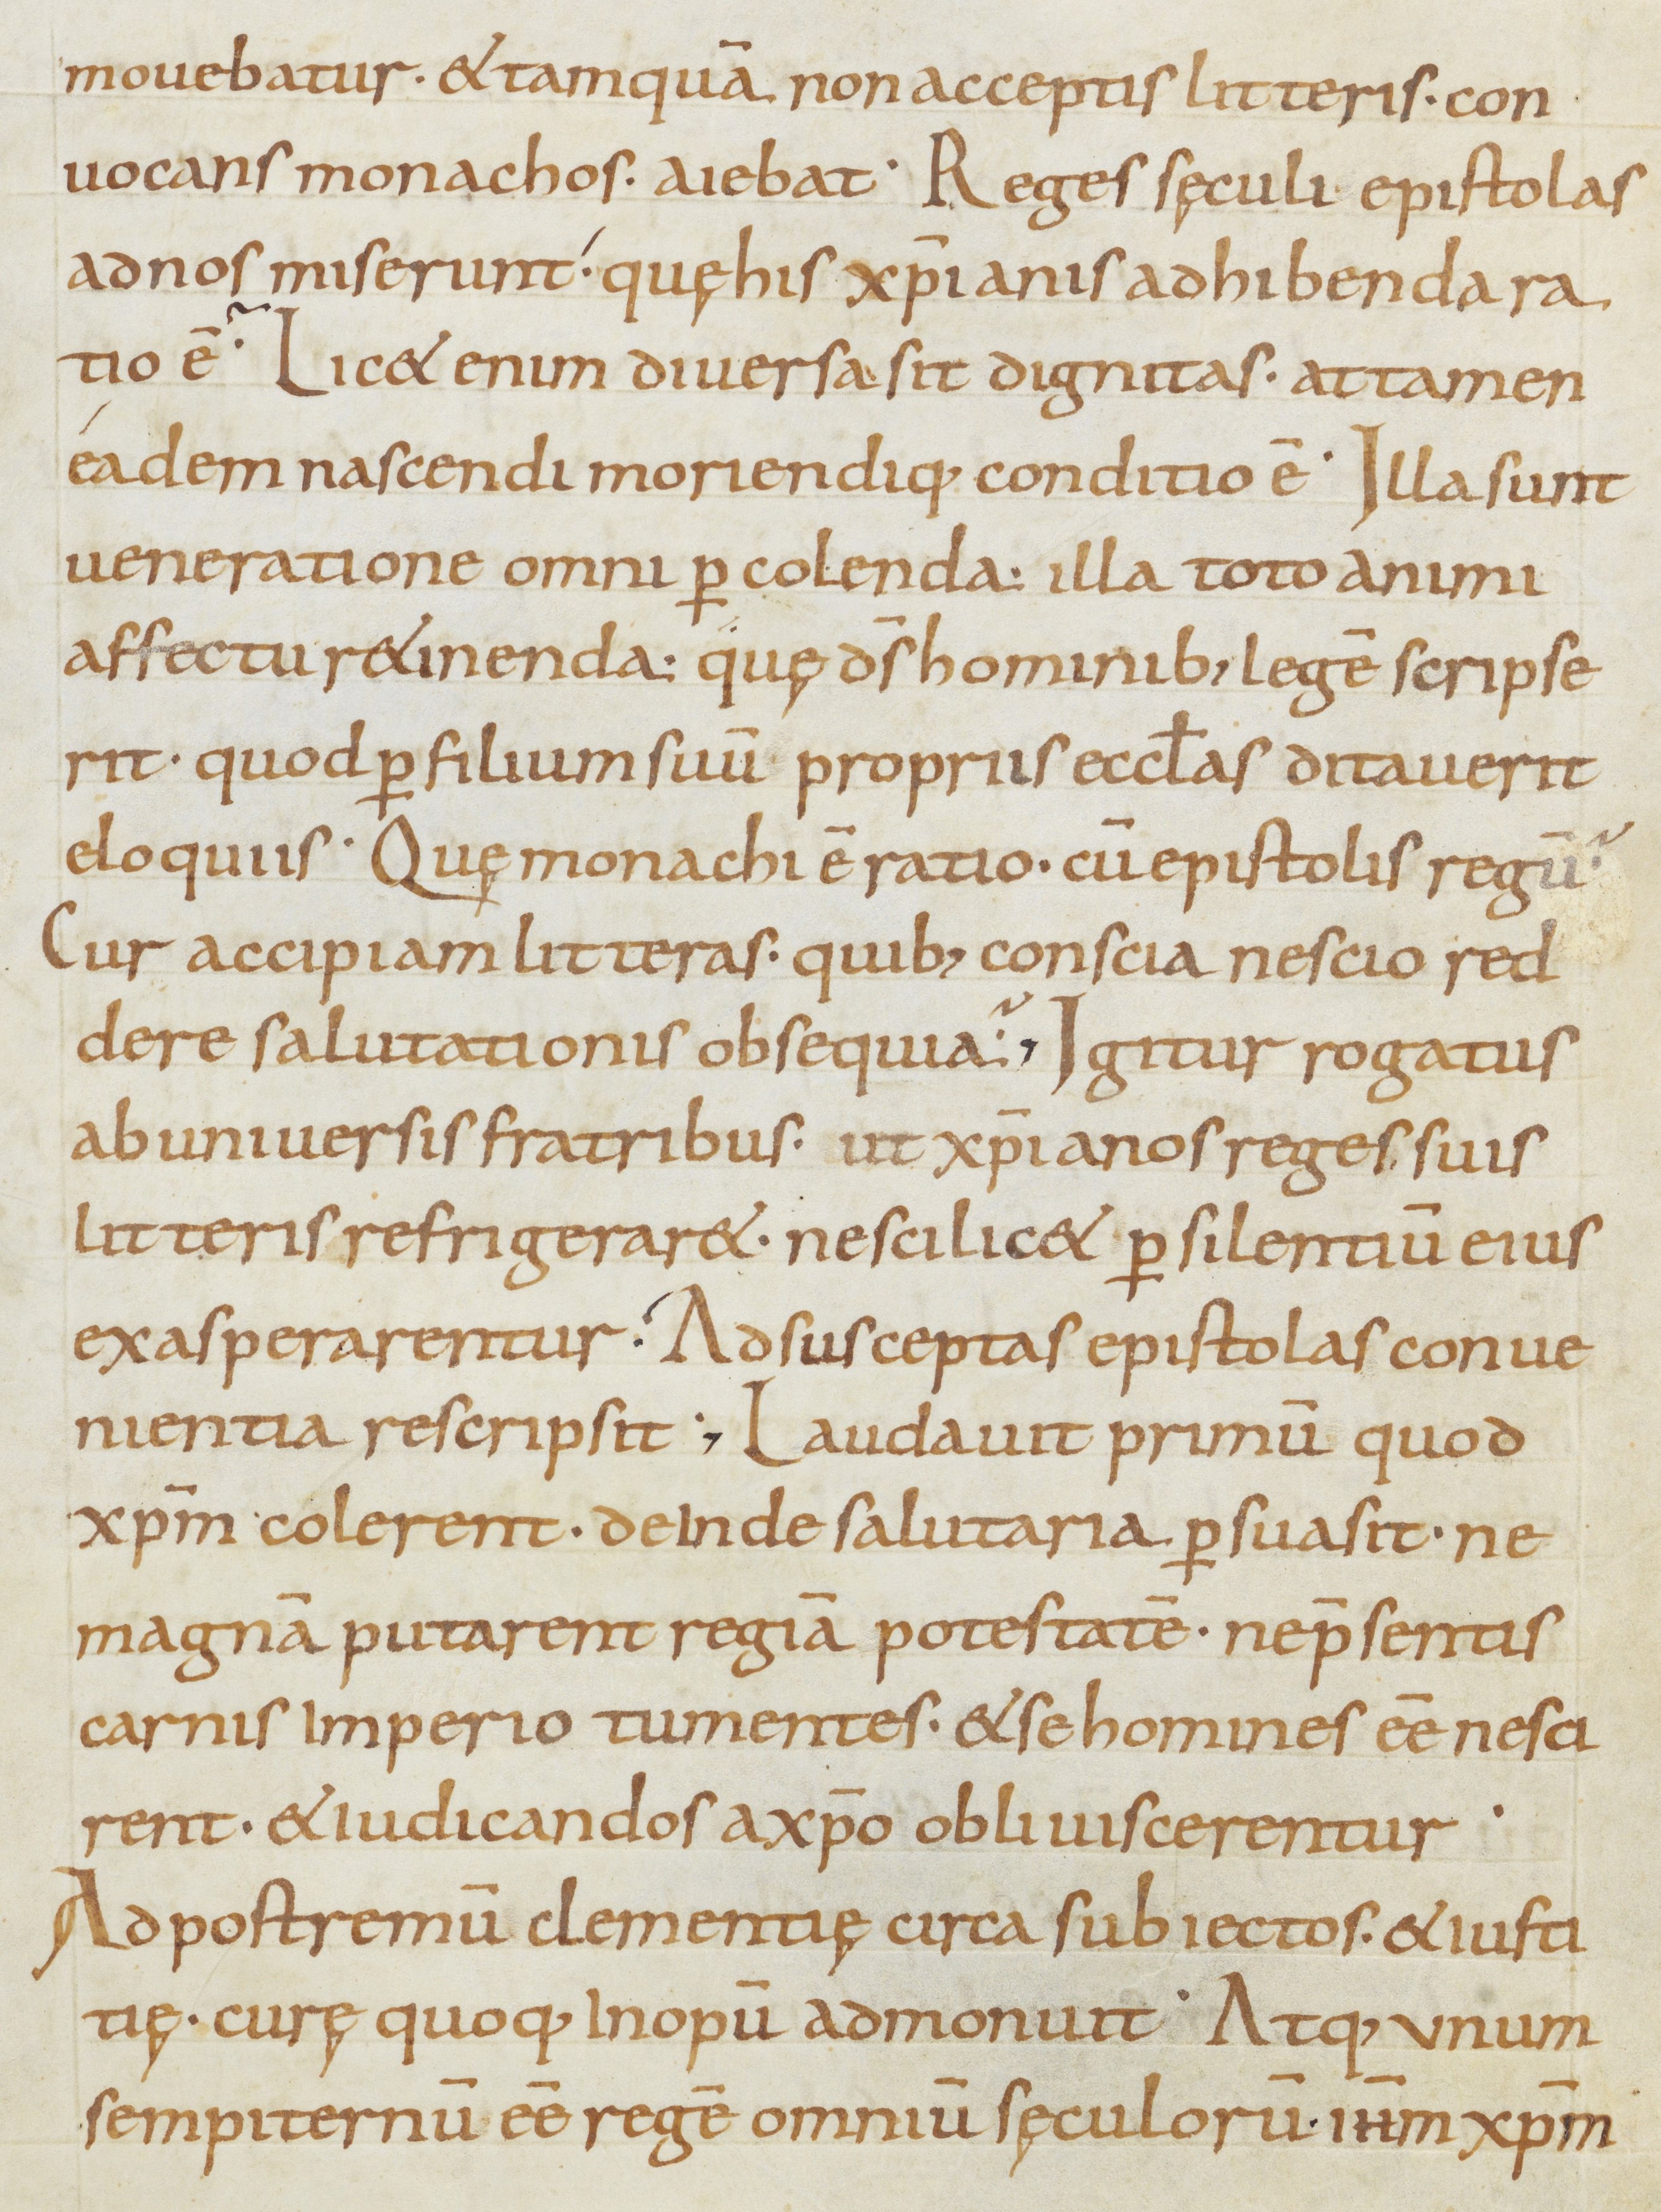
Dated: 800–899